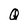
Character: Q